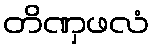
တိဏှဖလံ